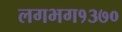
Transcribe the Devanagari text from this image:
लगभग१३७०